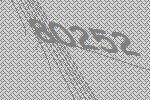
80252